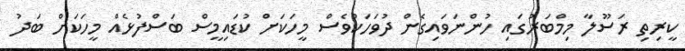
ކީރިތި ރަސޫލާ މިމްބަރުގައި ހުންނަވައިގެން ދުވަހަކުވެސް މީހަކަށް ކުޑައިމީސް ބަސްފުޅެއް މީހަކަށް ބަދު